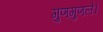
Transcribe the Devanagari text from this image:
गुणगुणले।